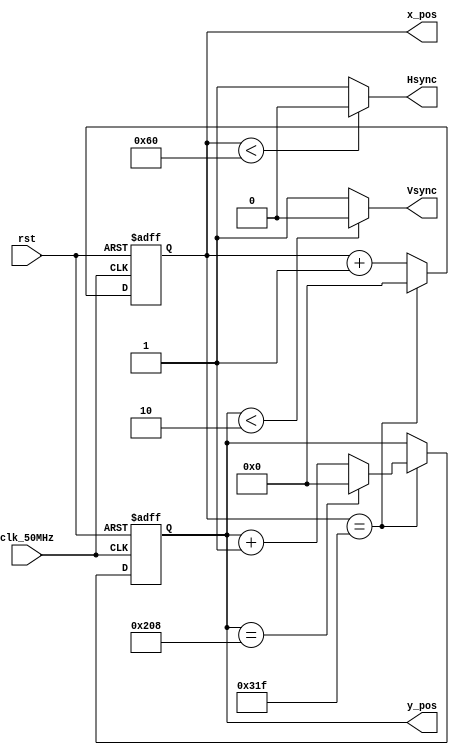
`timescale 1ns / 1ps


module vga_cntl(
    clk_50MHz,  //|<i
    rst,        //|<i
    Hsync,      //|>o
    Vsync,      //|>o
    x_pos,      //|>o
    y_pos       //|>o
    );


    localparam h_pixel   = 800;
    localparam h_display = 640;
    localparam h_pulse   = 96;
    localparam h_fp      = 16;
    localparam h_bp      = 48;

    localparam v_pixel   = 521;
    localparam v_display = 480;
    localparam v_pulse   = 2;
    localparam v_fp      = 10;
    localparam v_bp      = 29;

    input clk_50MHz;
    input rst;
    output Hsync;
    output Vsync;
    output [9:0] x_pos;
    output [9:0] y_pos;

    reg [9:0] row_pix=0;
    reg [9:0] col_pix=0;


    always @(posedge clk_50MHz or posedge rst) begin
        if (rst) begin
            col_pix=0;
            row_pix=0;
        end
        else begin
            if(row_pix==(h_pixel-1)) begin
                if(col_pix==(v_pixel-1)) begin
                    col_pix=0;
                    row_pix=0;
                end
                else begin
                    col_pix=col_pix+1;
                    row_pix=0;
                end
            end
            else begin
                row_pix=row_pix+1;
            end
        end
    end

    
//    always @(posedge clk_50MHz or posedge rst) begin
//        if (rst) begin
//            col_pix=0;
//            row_pix=0;
//        end
//        else begin
//            if(row_pix==(h_pixel-1) && col_pix==(v_pixel-1)) begin
//                    col_pix=0;
//                    row_pix=0;
//            end
//            else if(row_pix==(h_pixel-1) && col_pix!=(v_pixel-1)) begin
//                    col_pix=col_pix+1;
//                    row_pix=0;
//            end
//            else begin
//                row_pix=row_pix+1;
//            end
//        end
//    end


//    always @(posedge clk_50MHz or posedge rst) begin
//        if (rst) begin
//            row_pix<=0;
//        end
//        else begin
//            if(row_pix==(h_pixel-1)) begin
//                row_pix=0;
//            end
//            else begin
//                row_pix=row_pix+1;
//            end
//        end
//    end

//    always @(posedge clk_50MHz or posedge rst) begin
//        if (rst) begin
//            col_pix<=0;
//        end
//        else begin
//            if(row_pix==(h_pixel-1)) begin
//                if (row_pix==(v_pixel-1)) begin
//                   col_pix=0; 
//                end  
//            end
//            else begin
//                col_pix=col_pix+1;
//            end
//        end
//    end

    assign Hsync=(row_pix< h_pulse)? 0:1;
    assign Vsync =(col_pix < v_pulse)? 0:1;

    assign x_pos=row_pix;
    assign y_pos=col_pix;


endmodule